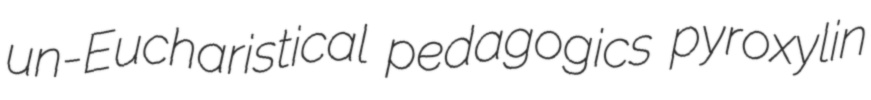
un-Eucharistical pedagogics pyroxylin